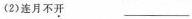
(2)连月不开 __________